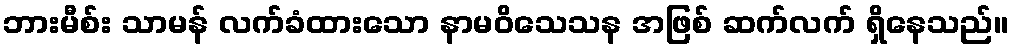
ဘားမီစ်း သာမန် လက်ခံထားသော နာမဝိသေသန အဖြစ် ဆက်လက် ရှိနေသည်။